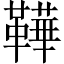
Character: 鞾